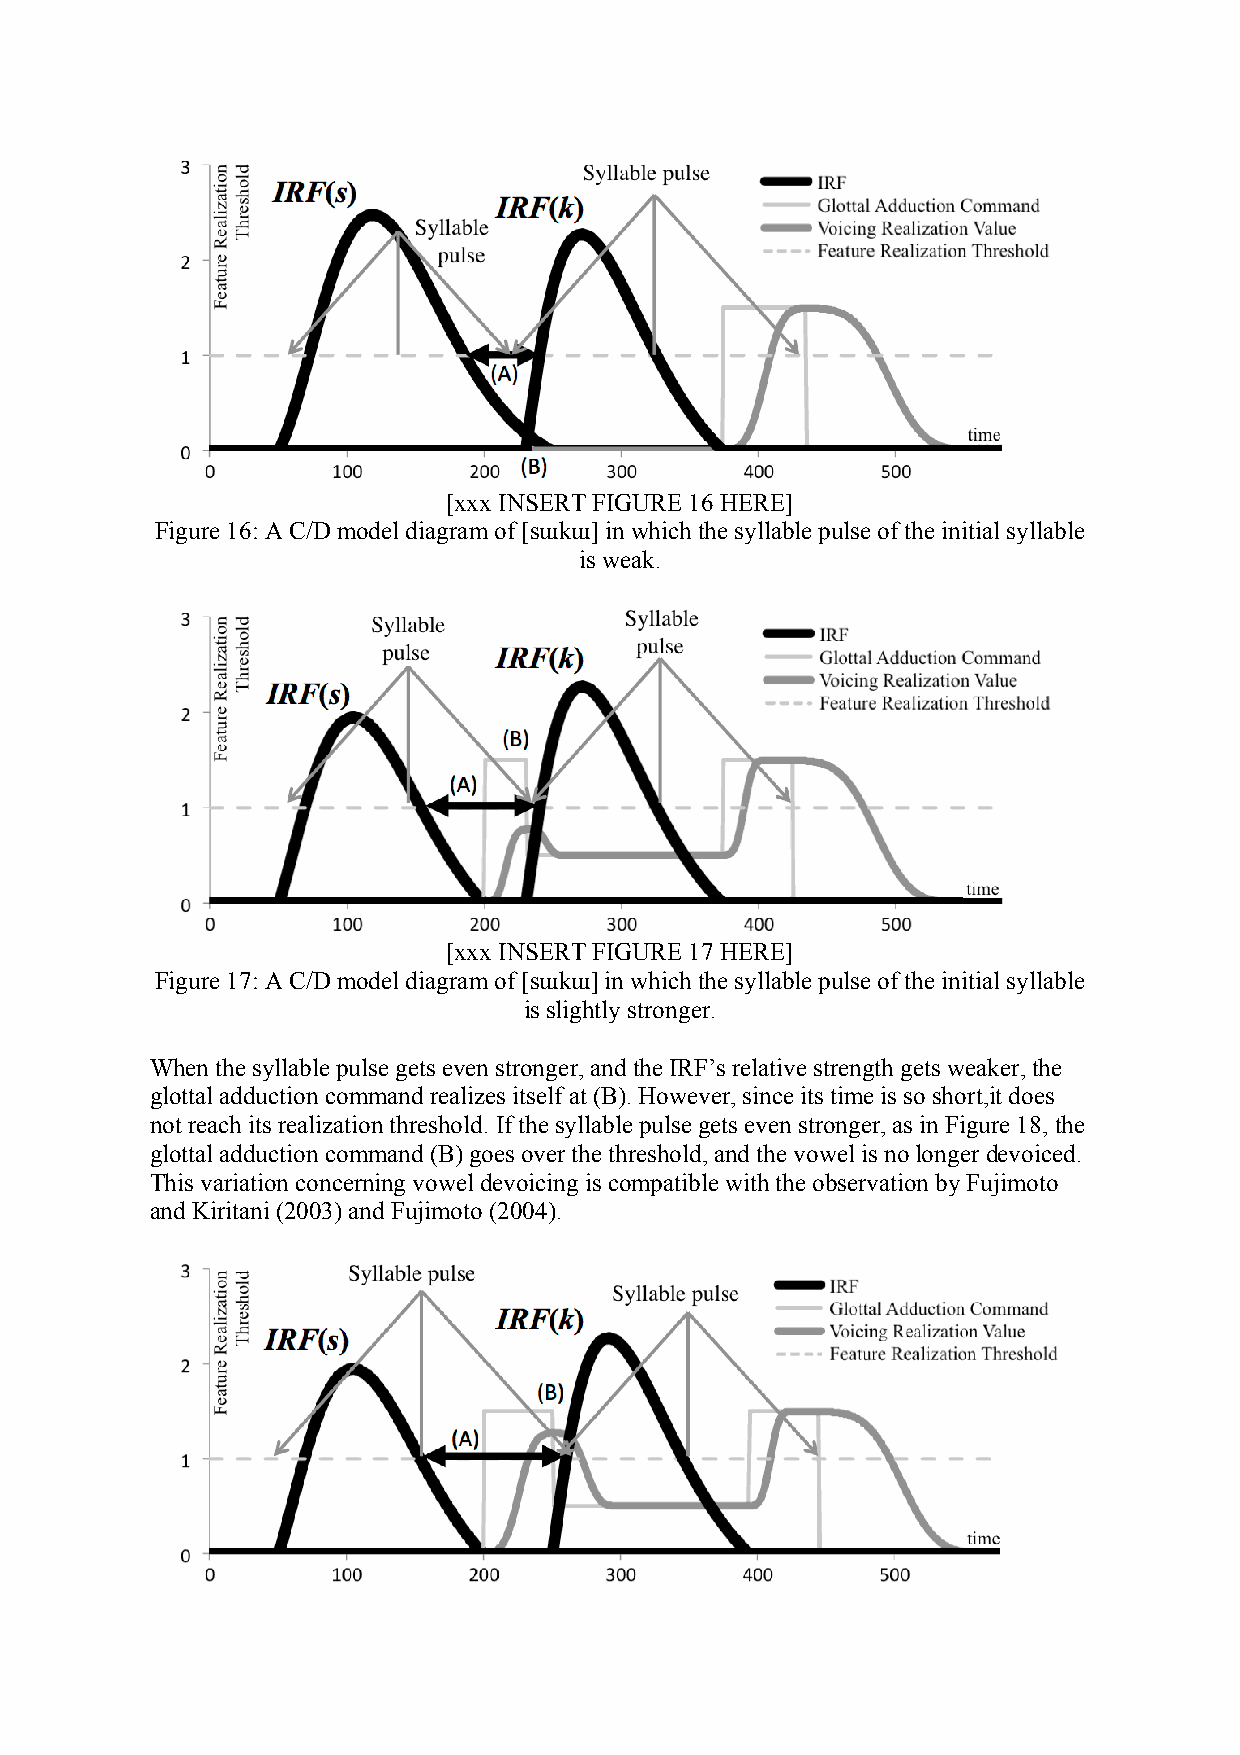
[xxx INSERT FIGURE 16 HERE]
 Figure 16: A C/D model diagram of [sɯkɯ] in which the syllable pulse of the initial syllable
 is weak.
 [xxx INSERT FIGURE 17 HERE]
 Figure 17: A C/D model diagram of [sɯkɯ] in which the syllable pulse of the initial syllable
 is slightly stronger.
 When the syllable pulse gets even stronger, and the IRF’s relative strength gets weaker, the
 glottal adduction command realizes itself at (B). However, since its time is so short,it does
 not reach its realization threshold. If the syllable pulse gets even stronger, as in Figure 18, the
 glottal adduction command (B) goes over the threshold, and the vowel is no longer devoiced.
 This variation concerning vowel devoicing is compatible with the observation by Fujimoto
 and Kiritani (2003) and Fujimoto (2004).